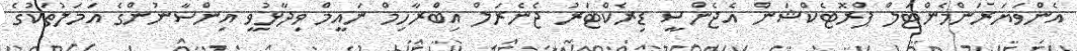
އެންވަޔަރަންމެންޓަލް ޕްރޮޓެކްޝަން އެޖެންސީ ޑިރެކްޓަރު ޖެނެރަލް އިބްރާހިމް ނައީމް ވިދާޅުވީ އިންސާނުންގެ އަމަލުތަކުގެ